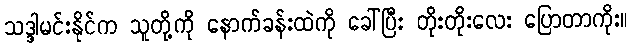
သဒ္ဒါမင်းနိုင်က သူတို့ကို နောက်ခန်းထဲကို ခေါ်ပြီး တိုးတိုးလေး ပြောတာကိုး။